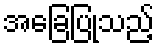
အခြေပြုသည့်